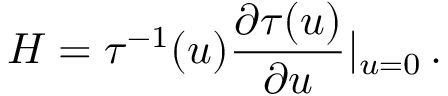
{ \cal H } = \tau ^ { - 1 } ( u ) \frac { \partial \tau ( u ) } { \partial u } | _ { u = 0 } \, .